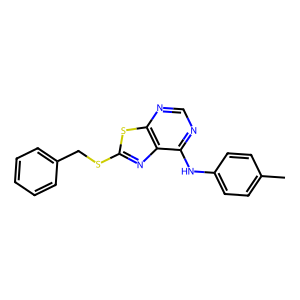
SMILES: Cc1ccc(Nc2ncnc3sc(SCc4ccccc4)nc23)cc1
Inhibits HIV replication: No